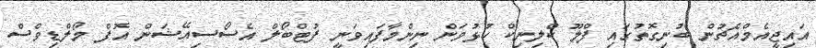
އައިޖީއެމްއެޗުން ބުނިގޮތުގައި ފްލޫ ކްލިނިކް ހުޅުވަން ނިންމާފައިވަނީ ފުޓްބޯލް އެސޯސިއޭޝަން އޮފް މޯލްޑިވްސް